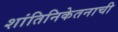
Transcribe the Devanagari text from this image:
शांतिनिकेतनाची